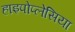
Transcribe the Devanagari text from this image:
हाइपोप्लेसिया